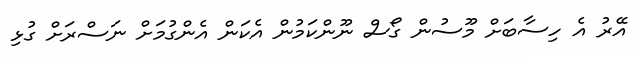
އޭރު އެ ހިސާބަށް މޫސުން ގޯސް ނޫންކަމުން އެކަން އެންގުމަށް ނަސްރަށް ގުޅި